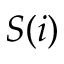
S ( i )